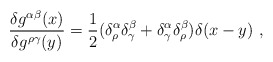
\begin{align*}\frac{\delta g^{\alpha \beta }(x)}{\delta g^{\rho \gamma }(y)}=\frac{1}{2}(\delta ^\alpha _\rho \delta ^\beta _\gamma +\delta ^\alpha _\gamma \delta^\beta _\rho )\delta (x-y)\ ,\end{align*}